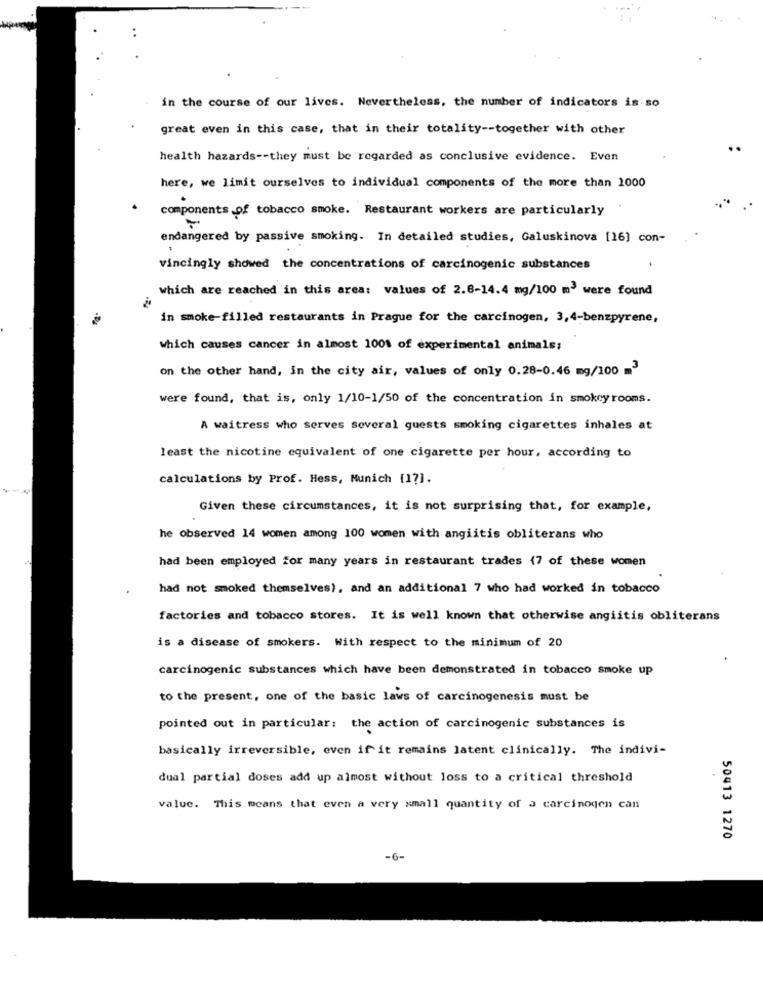
in the course of our lives. Nevertheless, the number of indicators is so
great even in this case, that in their totality -- together with other
health hazards -- they must be regarded as conclusive evidence. Even
here, we limit ourselves to individual components of the more than 1000
components of tobacco smoke. Restaurant workers are particularly
endangered by passive smoking. In detailed studies, Galuskinova [16] con-
vincingly showed the concentrations of carcinogenic substances
which are reached in this area: values of 2.8-14.4 mg/100 m3 were found
in smoke-filled restaurants in Prague for the carcinogen, 3,4-benzpyrene,
which causes cancer in almost 100% of experimental animals;
on the other hand, in the city air, values of only 0.28-0.46 mg/100 m3
were found, that is, only 1/10-1/50 of the concentration in smokey rooms.
A waitress who serves several guests smoking cigarettes inhales at
least the nicotine equivalent of one cigarette per hour, according to
calculations by Prof. Hess, Munich [17].
Given these circumstances, it is not surprising that, for example,
he observed 14 women among 100 women with angiitis obliterans who
had been employed for many years in restaurant trades (7 of these women
had not smoked themselves), and an additional 7 who had worked in tobacco
factories and tobacco stores. It is well known that otherwise angiitis obliterans
is a disease of smokers. With respect to the minimum of 20
carcinogenic substances which have been demonstrated in tobacco smoke up
to the present, one of the basic laws of carcinogenesis must be
pointed out in particular: the action of carcinogenic substances is
basically irreversible, even if it remains latent clinically. The indivi-
dual partial doses add up almost without loss to a critical threshold
value. This means that even a very small quantity of a carcinogen can
50413 1270
-6-